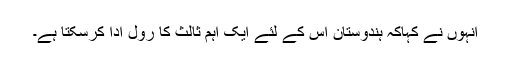
انہوں نے کہاکہ ہندوستان اس کے لئے ایک اہم ثالث کا رول ادا کرسکتا ہے۔